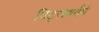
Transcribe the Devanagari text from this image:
पिट्सबर्गमें